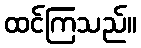
ထင်ကြသည်။